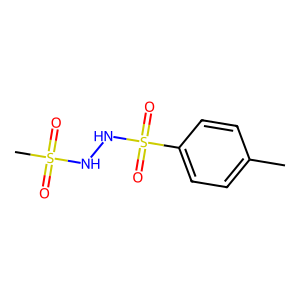
SMILES: Cc1ccc(S(=O)(=O)NNS(C)(=O)=O)cc1
Inhibits HIV replication: No